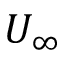
U _ { \infty }